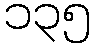
၁၃၅